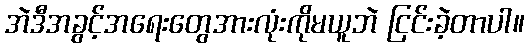
အဲဒီအခွင့်အရေးတွေအားလုံးကိုမယူဘဲ ငြင်းခဲ့တာပါ။